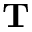
\mathbf { T }